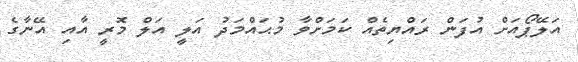
އަލޭޕޯއަށް އުފަން ރައްޔިތެއް ކަމަށްވާ މުޙައްމަދު އަލީ އަލް މޮރީ އާއި އޭނާގެ